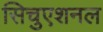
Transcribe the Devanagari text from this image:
सिचुएशनल